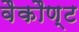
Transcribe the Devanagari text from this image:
वैकौण्ट